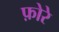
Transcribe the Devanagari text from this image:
फ़ोरे